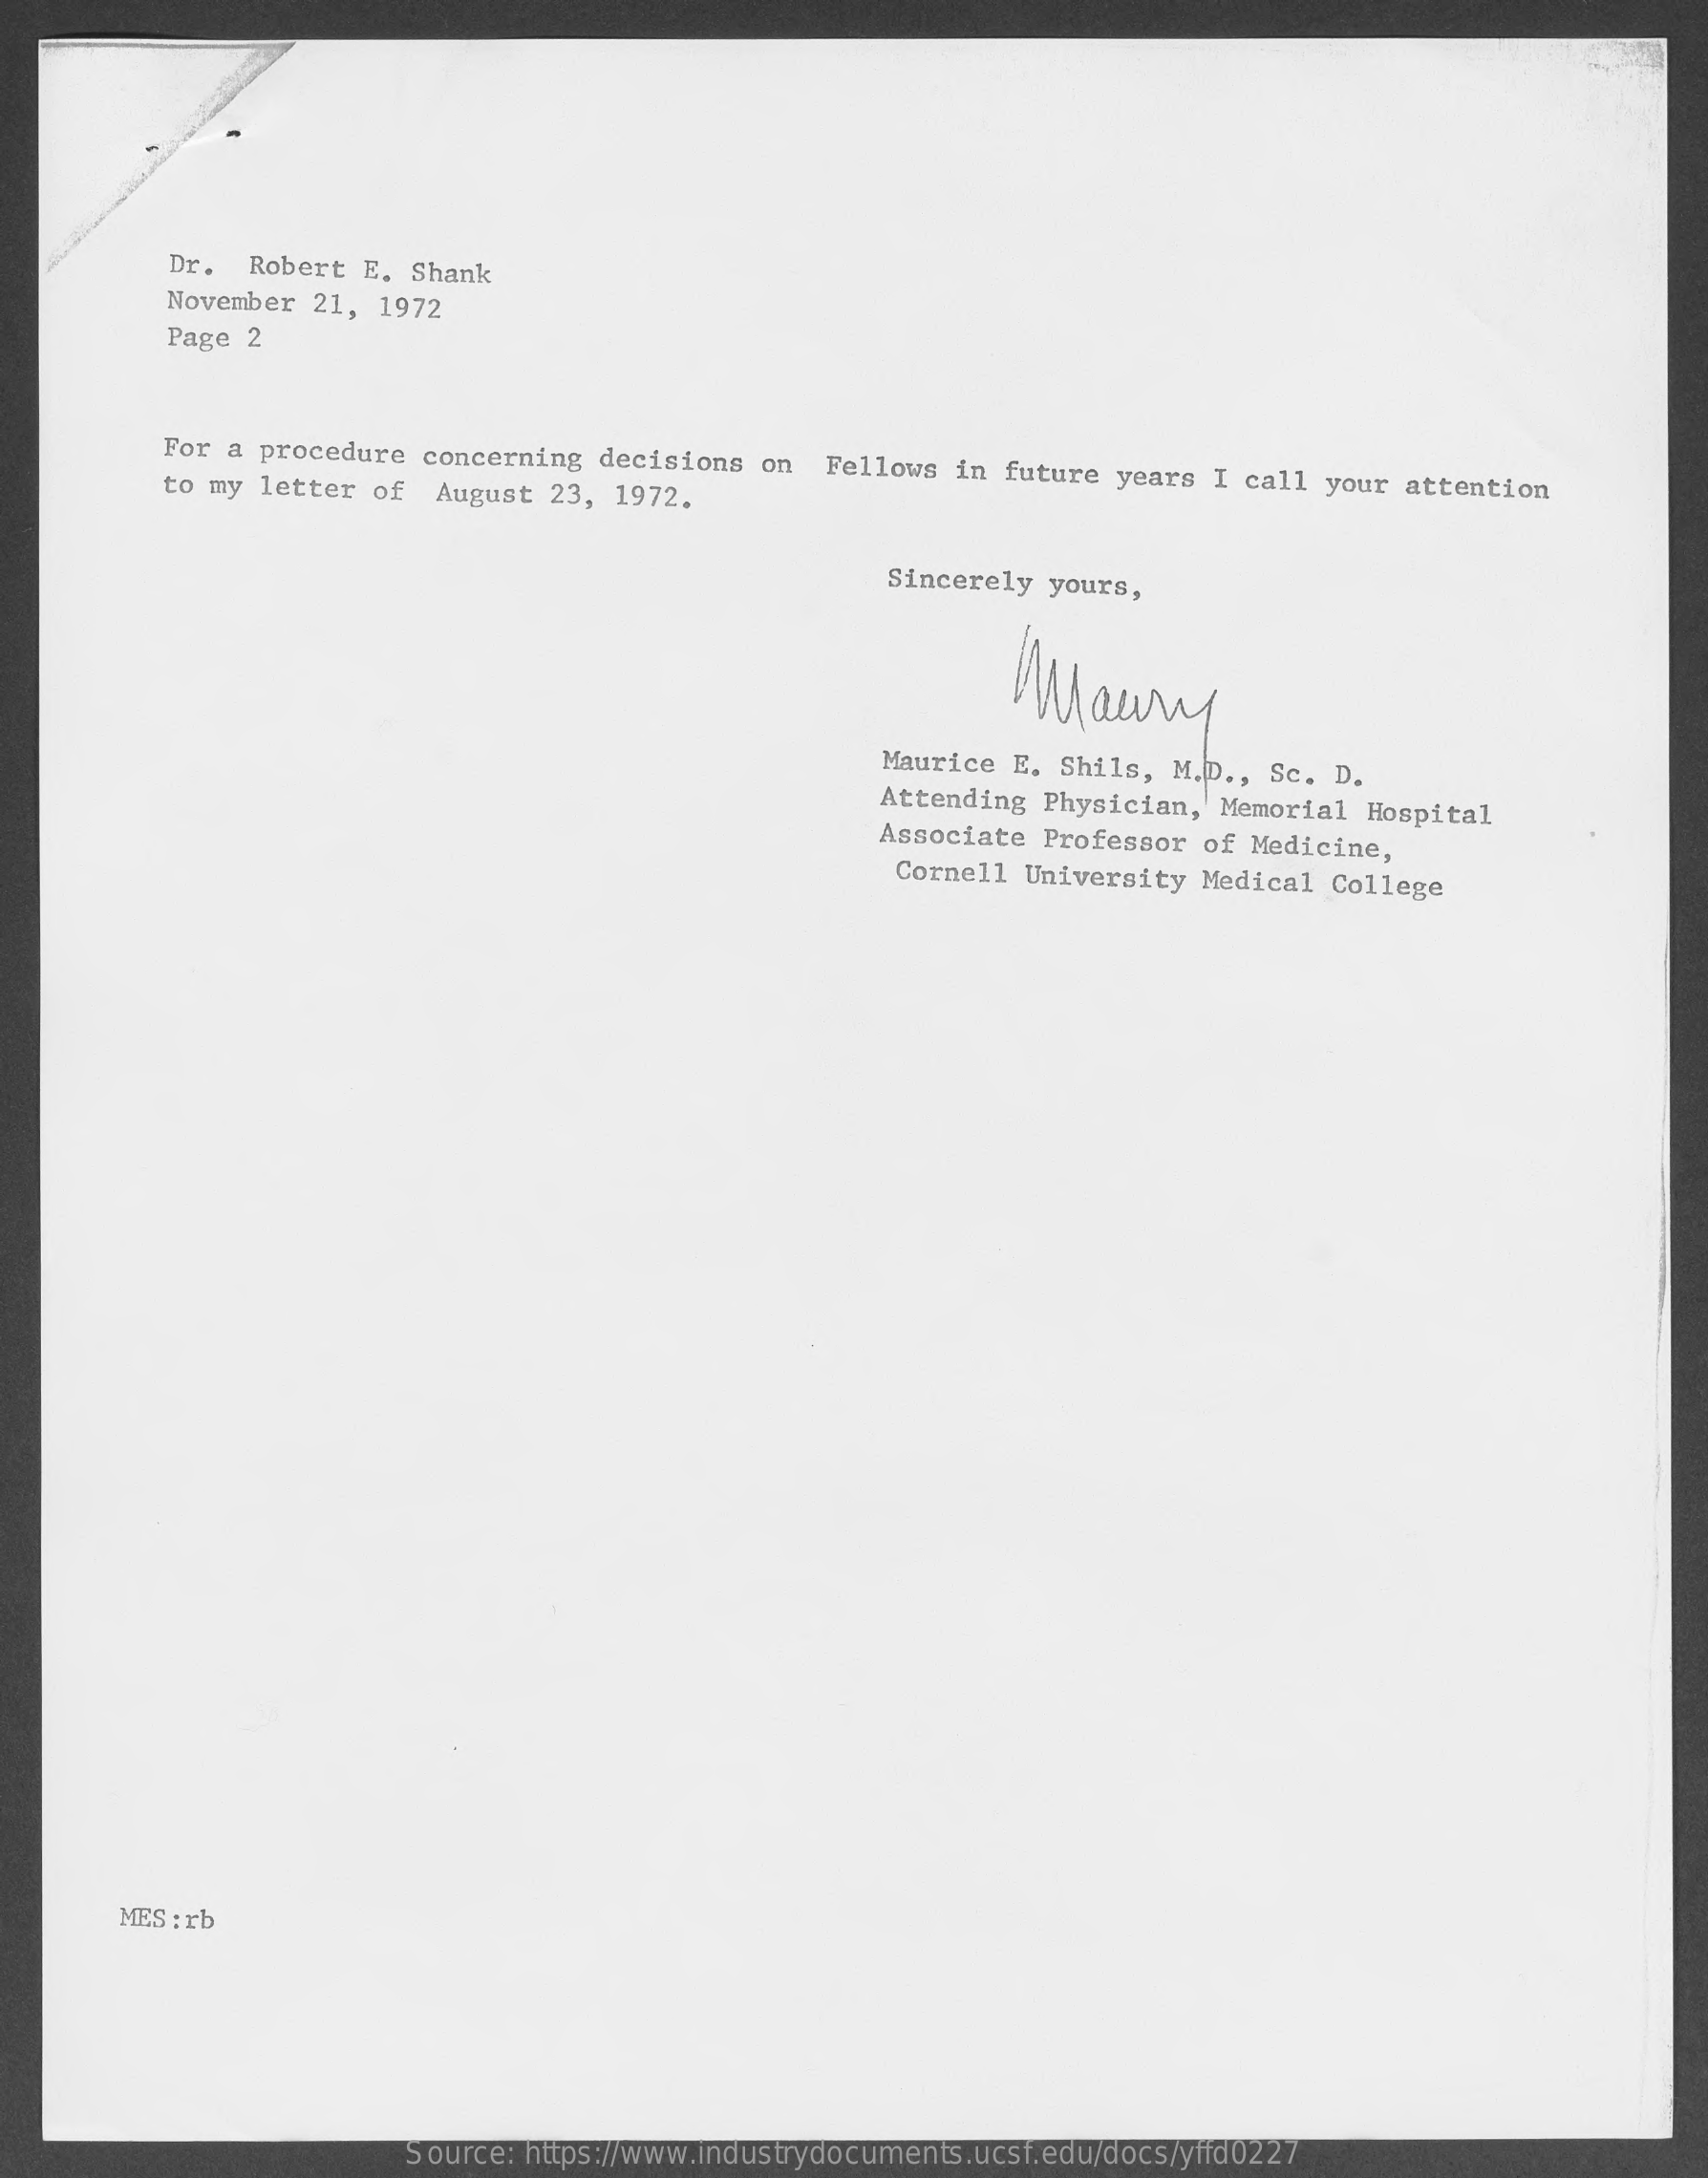
Dr.  Robert   E. Shank
     November  21,  1972
     Page  2
     For a procedure   concerning  decisions   on  Fellows  in  future  years  I call your  attention to my letter of August 23, 1972.
     Sincerely  yours,
     Maury
     Maurice  E.  Shils, M.D ., Sc.  D.
     Attending  Physician,   Memorial  Hospital
     Associate  Professor   of Medicine,
     Cornell  University   Medical  College
     MES :rb
     Source:  https://www.industrydocuments.ucsf.edu/docs/yffd0227